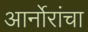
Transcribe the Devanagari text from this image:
आर्नोरांचा